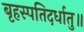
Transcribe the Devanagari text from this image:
बृहस्पतिदर्धातु॥